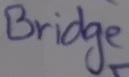
Text: Bridge